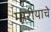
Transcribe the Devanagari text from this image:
मारीयाचे